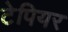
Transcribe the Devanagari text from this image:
टेपियर